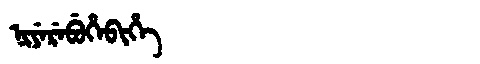
Manchu: ᠨᡳᠶᡝᡵᡝᠪᡠᡥᡝᠪᡳᡥᡝ
Romanization: NIYEREBUHEBIHE